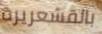
بالقشعريرة